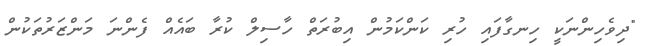
"ދިވެހިންނަކީ ހިނގާފައި ހުރި ކަންކަމުން އިބުރަތް ހާސިލް ކުރާ ބައެއް ފެންނަ މަންޒަރުތަކުން